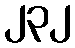
၂၃၂